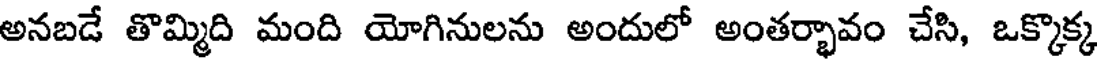
అనబడే తొమ్మిది మంది యోగినులను అందులో అంతర్భావం చేసి, ఒక్కొక్క